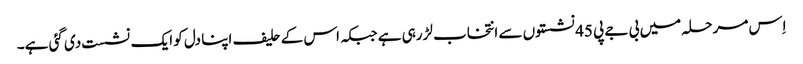
اِس مرحلہ میں بی جے پی 45 نشستوں سے انتخاب لڑرہی ہے جبکہ اس کے حلیف اپنا دل کو ایک نشست دی گئی ہے۔